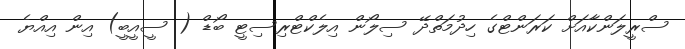
ސްރީލަންކާއަށް ކަރަންޓްގެ ހިދުމަތްދޭ ސިލޯން އިލެކްޓްރިސިޓީ ބޯޑް ( ސީއީބީ) އިން އިއްޔެ